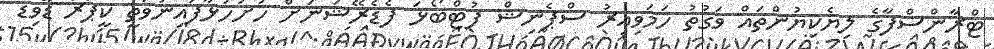
ޓްރާންސްފާގެ ލިޔެކިޔުންތައް ވަގުތު ހަމަވިއިރު ސްޕެނިޝް ފުޓްބޯޅަ ފެޑެރޭޝަނަށް ހުށަހަޅާފައިނުވަތީ ކީޕަރު ޑޭވިޑް